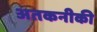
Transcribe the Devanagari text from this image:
अतकनीकी